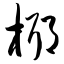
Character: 椰